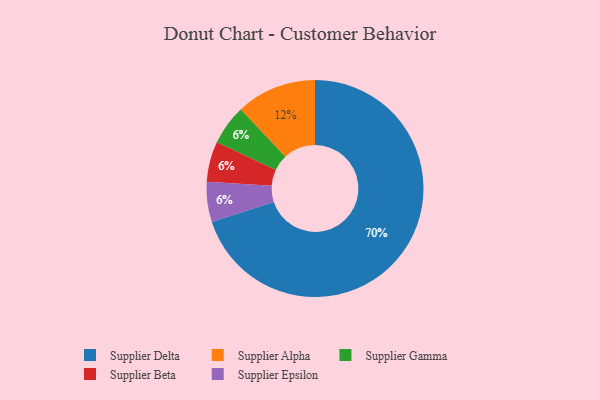
{"axis": {"x": "Category", "y": "Percentage"}, "legend": ["Supplier Alpha", "Supplier Beta", "Supplier Delta", "Supplier Epsilon", "Supplier Gamma"], "data": [{"x": "Supplier Delta", "y": 70, "type": "Supplier Delta"}, {"x": "Supplier Alpha", "y": 12, "type": "Supplier Alpha"}, {"x": "Supplier Gamma", "y": 6, "type": "Supplier Gamma"}, {"x": "Supplier Beta", "y": 6, "type": "Supplier Beta"}, {"x": "Supplier Epsilon", "y": 6, "type": "Supplier Epsilon"}]}